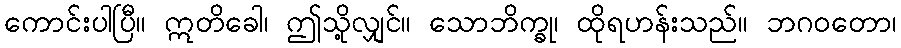
ကောင်းပါပြီ။ ဣတိခေါ၊ ဤသို့လျှင်။ သောဘိက္ခု၊ ထိုရဟန်းသည်။ ဘဂဝတော၊